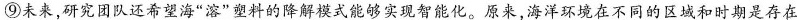
⑨未来，研究团队还希望海”溶”塑料的降解模式能够实现智能化。原来，海洋环境在不同的区域和时期是存在